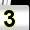
Digit: 3